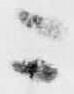
ニ